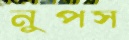
নুপস